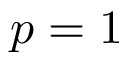
p = 1